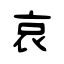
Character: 哀